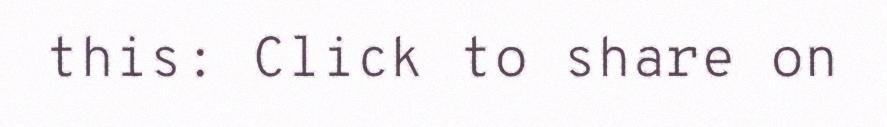
this: Click to share on